NAE_ERA_R-1950_Eesti_Ajakirjanike_Liit, lk 31
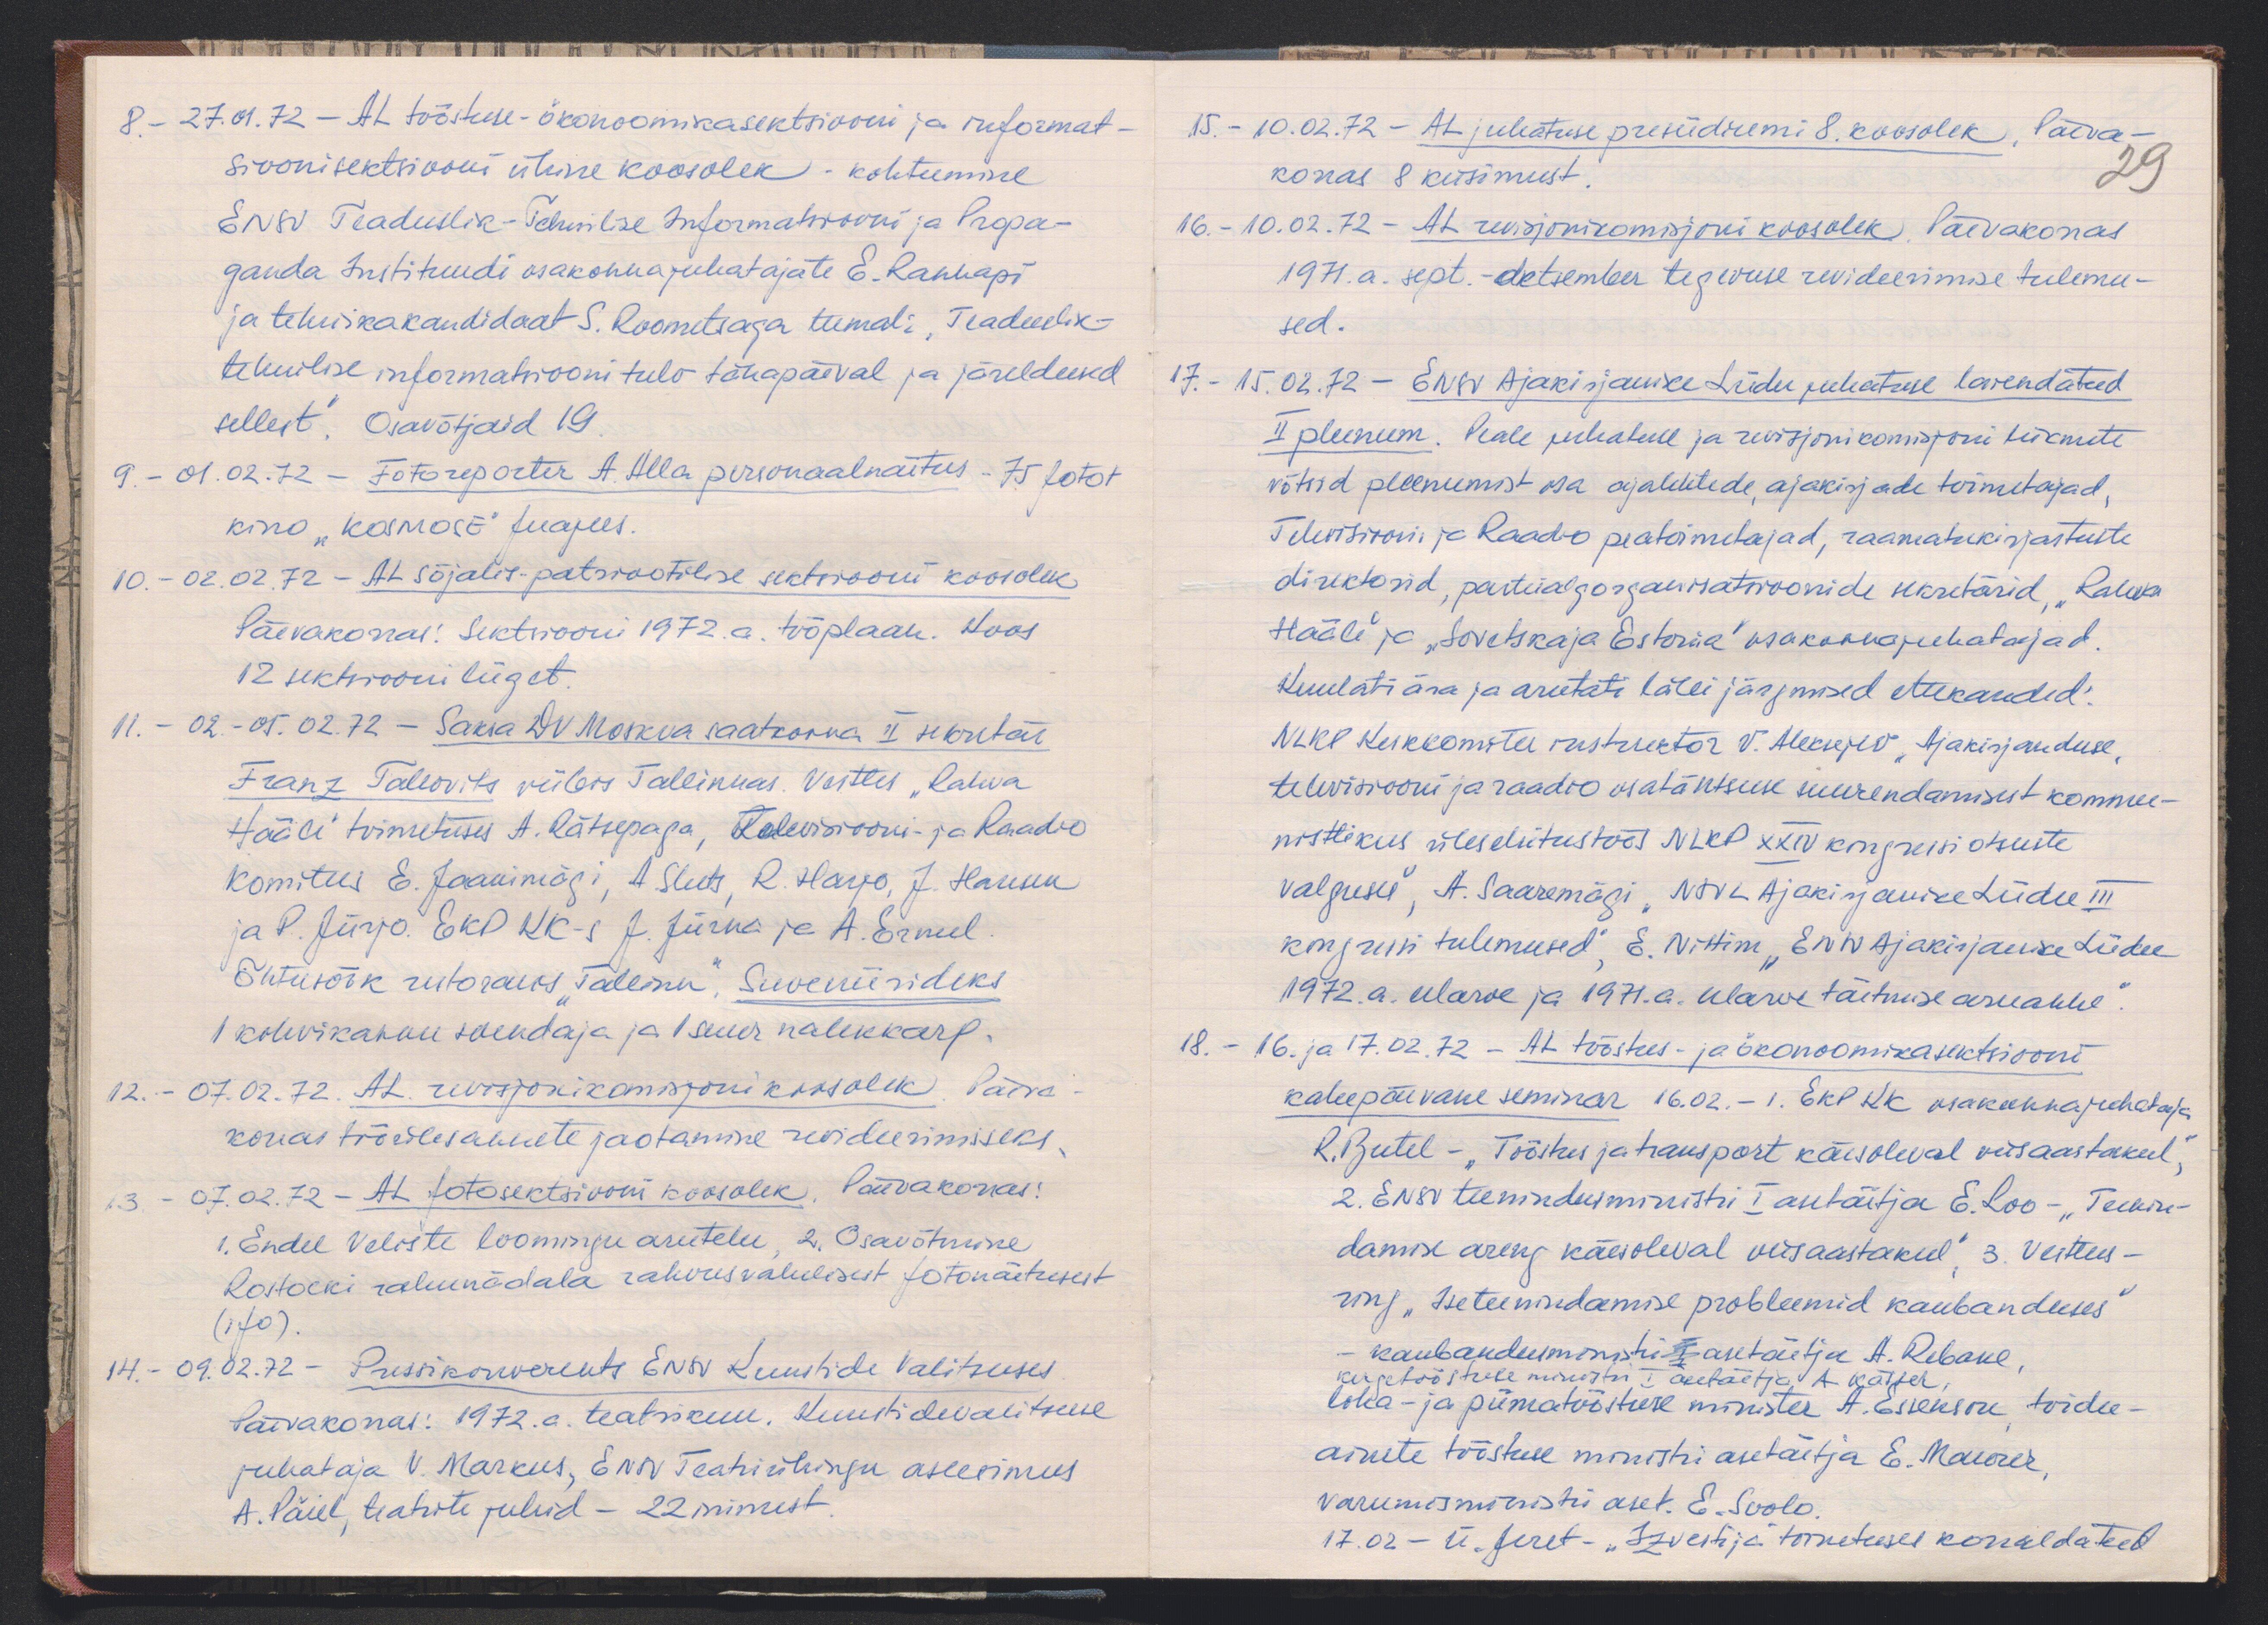
8. - 27.01.72 - AL tööstuse-ökonoomikasektsiooni ja reformat-
sioonisektsiooni ühine koosolek - kohtumine
ENSV Teaduslik-Tehnilise Informatsiooni ja Propa-
ganda Instituudi osakonnajuhatajate E. Rannapi
ja tehnikakandidaat S. Roometsaga temal: "Teaduslik-
tehnilise informatiooni tulv tänapäeval ja järeldused
sellest". Osavõtjaid 19
9. - 01.02.72 - Fotoreporter A. Alla personaalnäitus - 75 fotot
kino "KOSMOSE" fuajees.
10. - 02.02.72 - AL Sõjalis-patriootilise sektsiooni koosolek
Päevakorras. Sektsiooni 1972. a. tööplaan. Koos
12 sektsiooni liiget.
11. - 02.-05.02.72 - Saksa DV Moskva saatkonna II sekretär
Franz Tallovits viibis Tallinnas. Vestles "Rahva
Hääle" toimetuses A. Rätsepaga, Televisiooni- ja Raadio
komitees E. Jaanimägi, A. Sluts, R. Harjo, J. Hansen
ja P. Jürjo. EKP KK-s J. Jürna ja A. Ermel.
Õhtusöök restoranis "Tallinn", Suveniirideks
1 kohvikannu soendaja ja 1 suur nahkkarp.
12. - 07.02.72. AL. revisjonikomisjoni koosolek Päeva
korras tööülesannete jaotamine revideerimiseks.
13. - 07.02.72 - AL fotosektsiooni koosolek, Päevakorras:
1. Endel Veliste loomingu arutelu, 2. Osavõtmine
Rostocki rahunädala rahvusvahelisest fotonäitusest
(ifo).
14. - 09.02.72 - Pressikonverents ENSV Kunstide Valitsuses
Päevakorras: 1972. a. teatrikuu. Kunstidevalitsuse
juhataja V. Markus, ENSV Teatriühingu aseesimees
A. Päiel, teatrite juhid - 22 inimest.

15. - 10.02.72 - AL juhatuse presiidiumi 8. koosolek, Päeva-
korras 8 küsimust.
29
16. - 10.02.72 - AL revisjonikomisjoni koosolek. Päevakorras
1971. a. sept.-detsember tegevuse revideerimise tulemu-
sed.
17. - 15.02.72 - ENSV Ajakirjanike Liidu juhatuse laiendatud
II pleenum. Peale juhatuse ja revisjonikomisjoni liikmete
võtsid pleenumist osa ajalehtede, ajakirjade toimetajad,
Televisiooni ja Raadio peatoimetajad, raamatukirjastuste
direktorid, parteialgorganisatsioonide sekretärid "Rahva
Hääle" ja "Sovetskaja Estonia" osakonnajuhatajad.
Kuulati ära ja arutati läbi järgmised ettekanded:
NLKP Keskkomitee instruktor V. Aleksejev "Ajakirjanduse,
televisiooni ja raadio osatähtsuse suurendamisest kommu-
nistlikus ülesehitustöös NLKP XXIV kongressi otsuste
valguses", A. Saaremägi "NSVL Ajakirjanike Liidu III
kongressi tulemused", E. Nittim "ENSV Ajakirjanike Liidu
1972. a. eelarve ja 1971. a. eelarve täitmise aruanne".
18. - 16. ja 17.02.72 - AL tööstus- ja ökonoomikasektsiooni
kahepäevane seminar 16.02. - 1. EKP KK osakonnajuhataja
R. Butel - "Tööstus ja transport käesoleval viisaastakul,"
2. ENSV teenindusministri I asetäitja E. Loo - "Teenin-
damise areng käesoleval viisaastakul", 3. Vestlus-
ring "Iseteenindamise probleemid kaubanduses"
kaubandumistiri I asetäitja A. Rebane
kergetööstuse ministri I. asetäitja A. Kässer,
liha- ja piimatööstuse minister A. Essenson, toidu-
ainete tööstuse ministri asetäetja E. Maurer
varumisministri aset. E. Soolo,
17.02. - Ü. Jeret - "Izvestija" ja toimetuses korraldatud